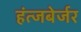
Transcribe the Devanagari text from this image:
हंत्जबेर्जर